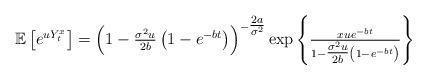
LaTeX: \begin{align*}\mathbb{E}\left[e^{uY_{t}^{x}}\right]=\left(1-\tfrac{\sigma^{2}u}{2b}\left(1-e^{-bt}\right)\right)^{-\tfrac{2a}{\sigma^{2}}}\exp\left\lbrace \tfrac{xue^{-bt}}{1-\tfrac{\sigma^{2}u}{2b}\left(1-e^{-bt}\right)}\right\rbrace \end{align*}